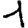
Digit: 1